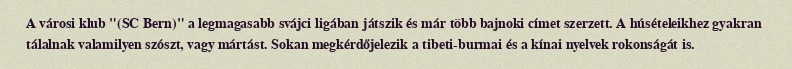
A városi klub "(SC Bern)" a legmagasabb svájci ligában játszik és már több bajnoki címet szerzett. A húsételeikhez gyakran tálalnak valamilyen szószt, vagy mártást. Sokan megkérdőjelezik a tibeti-burmai és a kínai nyelvek rokonságát is.